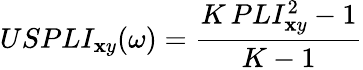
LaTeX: USPLI_{\mathbf{x}y}(\omega)=\frac{{K\, PLI_{\mathbf{x}y}^{2}-1}}{{K-1}}